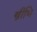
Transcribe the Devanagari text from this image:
स्त्रीभि